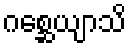
ဂစ္ဆေယျာသိ